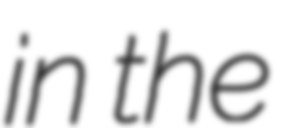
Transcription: in the